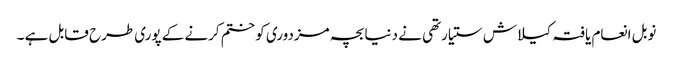
نوبل انعام یافتہ کیلاش ستیارتھی نے دنیا بچہ مزدوری کو ختم کرنے کے پوری طرح قابل ہے ۔